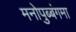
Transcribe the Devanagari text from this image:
मनोपुब्बंगमा